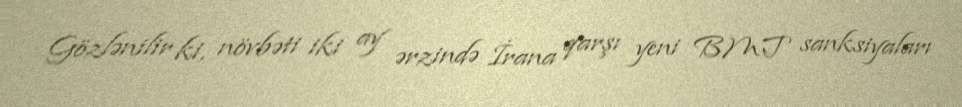
Gözlənilir ki, növbəti iki ay ərzində İrana qarşı yeni BMT sanksiyaları